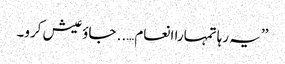
’’یہ رہا تمہارا انعام….. جاؤ عیش کرو۔